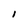
Character: I